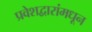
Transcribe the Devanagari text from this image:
प्रवेशद्वारांमधून